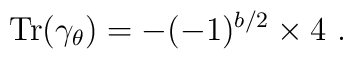
{\rm Tr}(\gamma_\theta)=-(-1)^{b/2}\times 4~.